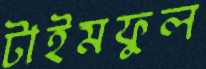
টাইমফুল